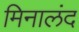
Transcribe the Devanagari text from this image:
मिनालंद